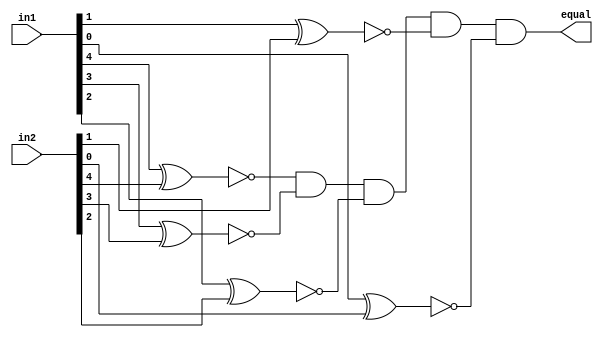
module comparator(equal,in1,in2);
	output wire equal;
	input wire [4:0] in1,in2;
	
	wire x0,x1,x2,x3,x4;
	
	xnor xnor4(x4,in1[4],in2[4]);
	xnor xnor3(x3,in1[3],in2[3]);
	xnor xnor2(x2,in1[2],in2[2]);
	xnor xnor1(x1,in1[1],in2[1]);
	xnor xnor0(x0,in1[0],in2[0]);
	and and5(equal,x4,x3,x2,x1,x0);
	
endmodule